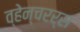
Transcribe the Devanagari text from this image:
व्हेन्चरर्स